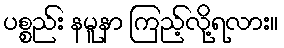
ပစ္စည်း နမူနာ ကြည့်လို့ရလား။